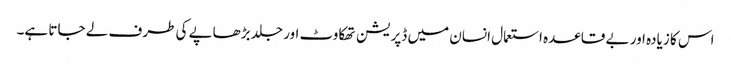
اس کا زیادہ اور بے قاعدہ استعمال انسان میں ڈپریشن تھکاوٹ اور جلد بڑھاپے کی طرف لے جاتا ہے۔